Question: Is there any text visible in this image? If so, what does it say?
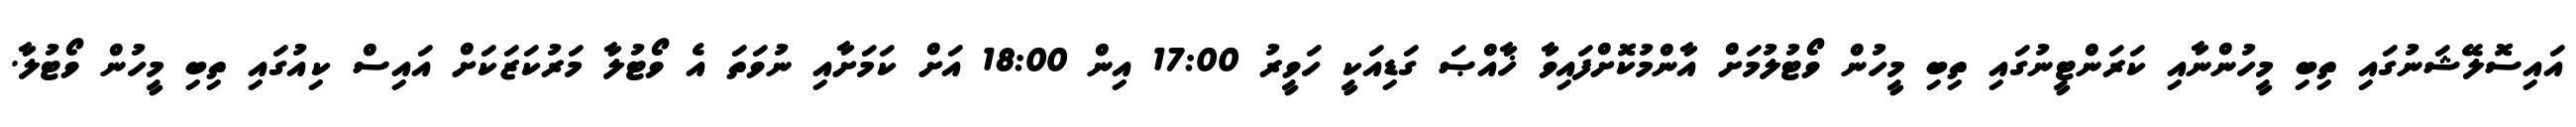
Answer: އައިސޮލޭޝަނުގައި ތިބި މީހުންނާއި ކަރަންޓީނުގައި ތިބި މީހުން ވޯޓުލުމަށް އާންމުކޮށްފައިވާ ޚާއްޞަ ގަޑިއަކީ ހަވީރު 17:00 އިން 18:00 އަށް ކަމަށާއި ނުވަތަ އެ ވޯޓުލާ މަރުކަޒަކަށް އައިސް ކިއުގައި ތިބި މީހުން ވޯޓުލާ.